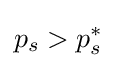
p_{s}>p_{s}^{*}